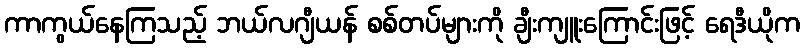
ကာကွယ်နေကြသည့် ဘယ်လဂျီယန် စစ်တပ်များကို ချီးကျူးကြောင်းဖြင့် ရေဒီယိုက